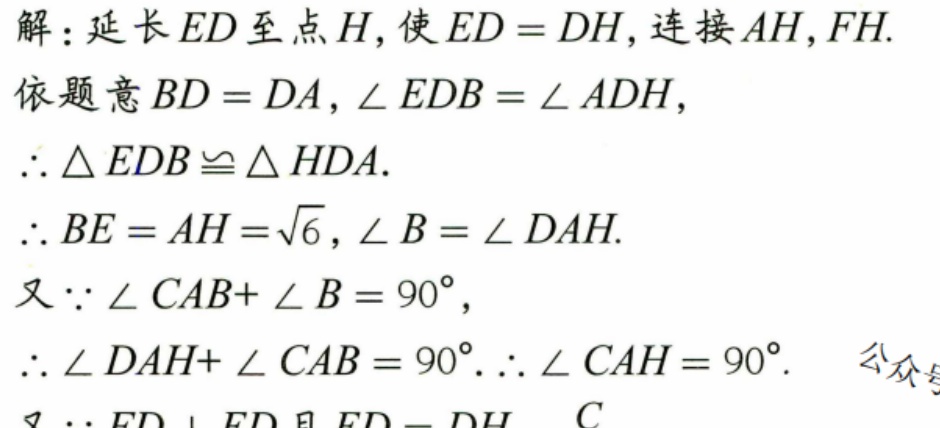
解：延长\(ED\)至点\(H\)，使\(ED = DH\)，连接\(AH\)，\(FH\).
依题意\(BD = DA\)，\(\angle EDB=\angle ADH\)，
\(\therefore\triangle EDB\cong\triangle HDA\).
\(\therefore BE = AH=\sqrt{6}\)，\(\angle B=\angle DAH\).
又\(\because\angle CAB + \angle B = 90^{\circ}\)，
\(\therefore\angle DAH+\angle CAB = 90^{\circ}.\therefore\angle CAH = 90^{\circ}\). 公众号